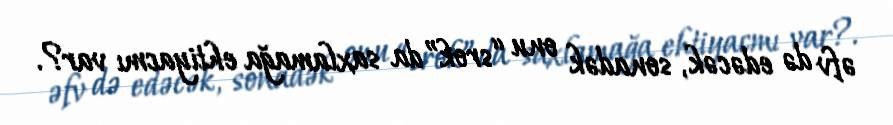
əfv də edəcək, sonadək onu “srok”da saxlamağa ehtiyacmı var?.